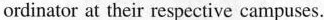
ordinator at their respective campuses.